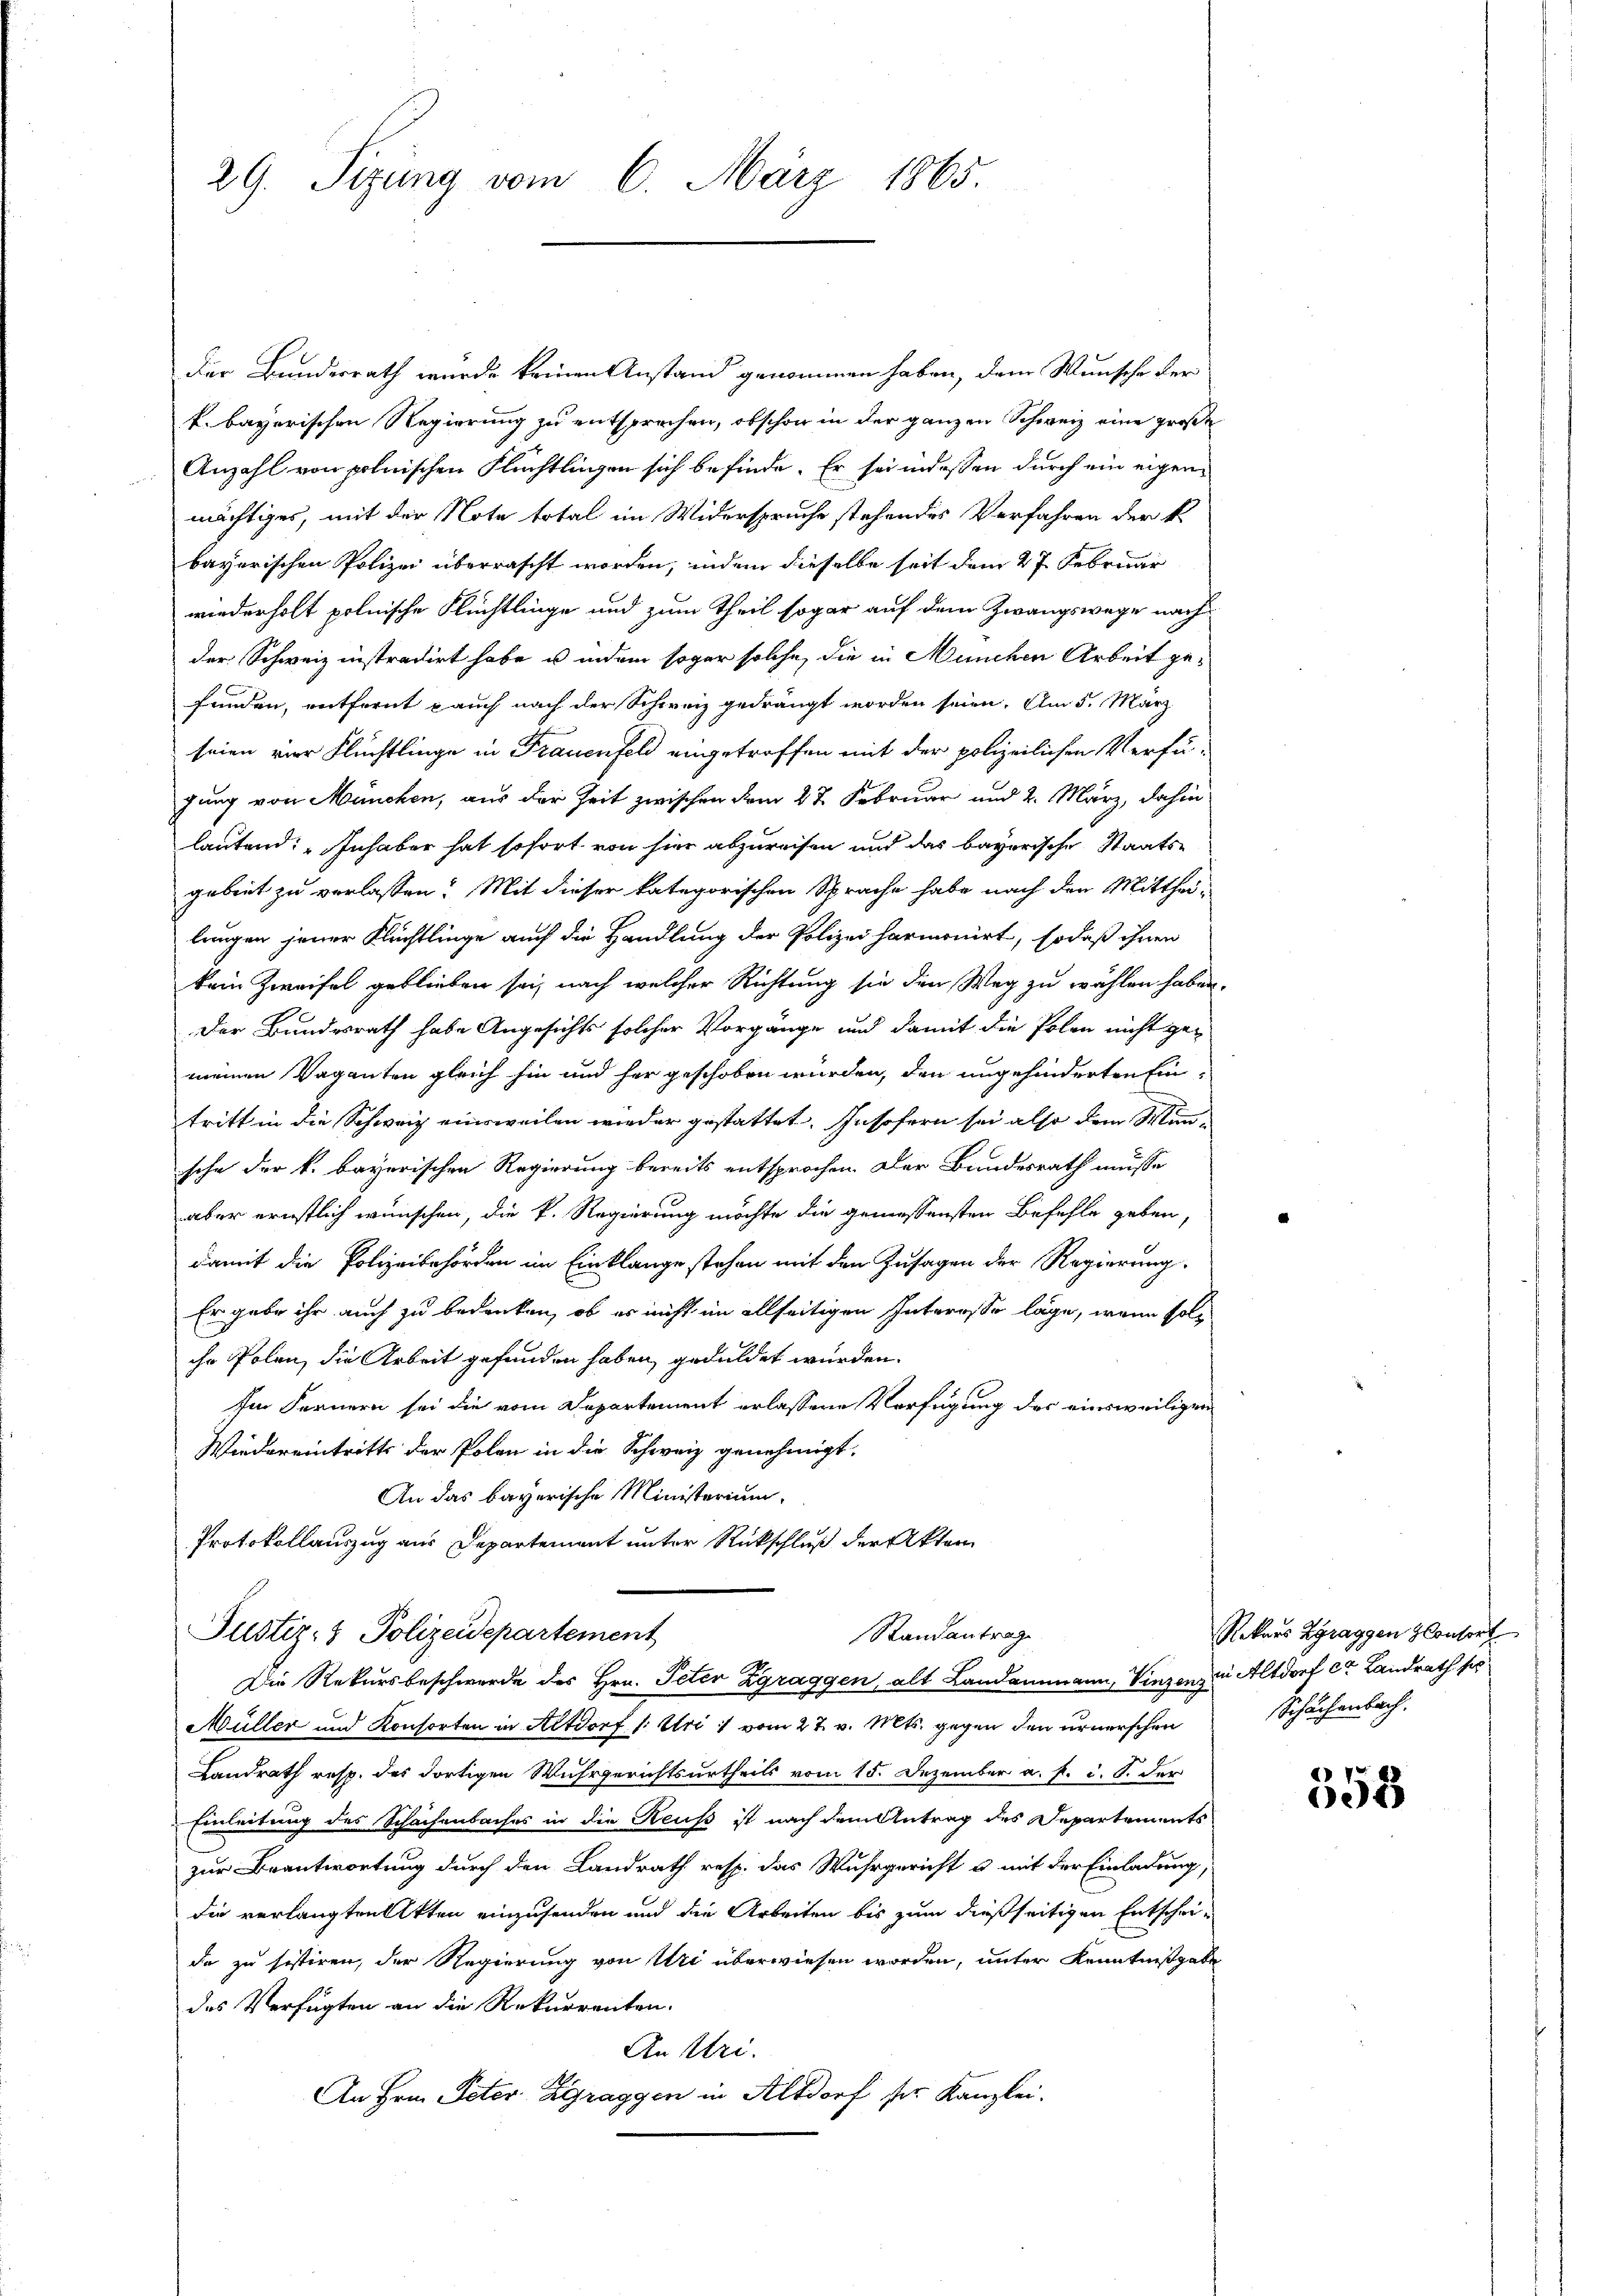
29. Sizung vom 6. März 1865.

Der Bundesrath wurde keinen Anstand genommen haben, dem Wunsche der
k. bayerischen Regierung zu entsprechen, obschon in der ganzen Schweiz eine große
Anzahl von polnischen Flüchtlingen sich befinde. Er sei indessen durch ein eigen-
mächtiges, mit der Note total im Widerspruche stehendes Verfahren der k.
bayerischen Polizei überrascht worden, indem dieselbe seit dem 27. Februar
wiederholt polnische Flüchtlinge und zum Theil sogar auf dem Zwangswege nach
der Schweiz instradirt habe u indem sogar solche, die in München Arbeit gefunden, entfernt auch nach der Schweiz gedrängt worden seien. Am 5. März
seien vier Flüchtlinge in Frauenfeld eingetroffen mit der polizeilichen Verfügung von München, aus der Zeit zwischen dem 27. Februar und 2. März, dahin
lautend: „Inhaber hat sofort von hier abzureisen und das bayerische Staatsarbeit zu verlassen? Mit dieser kategorischen Sprache habe nach den Mittheilungen jener Flüchtlinge auch die Handlung der Polizei harmonirt, so daß ihnen
kein Zweifel geblieben sei, nach welcher Richtung sie den Weg zu wählen haben.
Der Bundesrath habe Angesichts solcher Vorgänge und damit die Polen nicht gemeinen Vaganten gleich hin und her geschoben würden, den ungehinderten Ein
tritt in die Schweiz einsweilen wieder gestattet. Insofern sei also dem Mün-
sche der k. bayerischen Regierung bereits entsprochen. Der Bundesrath müsse
aber ernstlich wünschen, die k. Regierung möchte die gemessensten Befehle geben,
damit die Polizeibehörden im Einklange stehen mit den Zusagen der Regierung.
Er gabe ihr auch zu bedenken, ob er nicht im allseitigen Interesso läge, wenn solihr Polen, die Arbeit gefunden haben, geduldet würden.
Im Fernern sei die vom Departement erlassene Verfügung des einsweiligen
Wiedereintritts der Polen in die Schweiz genehmigt.
An das bayerische Ministerium,
Protokollauszug aus Departement unter Rückschluß der Akten
Randantrag
Justiz- & Polizeidepartement
Die Rekursbeschwerde des Hrn. Peter Zgraggen, alt Landammann, Vinzens in Altdorf er Landrath so
Müller und Konsorten in Altdorf (: Uri :/ vom 27. v. Mts. gegen den urnerschen
Landrath resp. des dortigen Wuhrgerichtsurtheils vom 15. Dezember a. f. d. S. der
Einleitung des Schachenbaches in die Reuß ist nach dem Antrag des Departements
zur Beantwortung durch den Landrath resp. das Wuhrgericht u mit der Einladung,
die verlangten Akten einzusenden und die Arbeiten bis zum dießseitigen Entscheide zu sistiren, der Regierung von Uri überwiesen worden, unter Kenntnißgabe
des Verfügten an die Rekurrenten.
An Uri.
An Hrn. Peter: Zgraggen in Altdorf der Kanzlei.

Rekars Zgraggen Consort
Schächenbach.

358